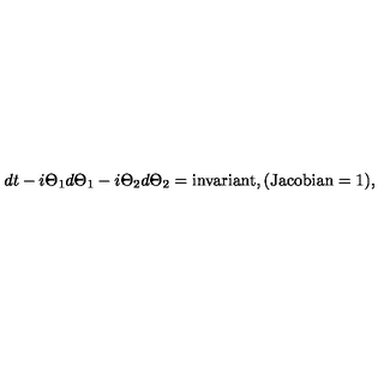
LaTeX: d t - i \Theta _ { 1 } d \Theta _ { 1 } - i \Theta _ { 2 } d \Theta _ { 2 } = \mathrm { i n v a r i a n t } , ( \mathrm { J a c o b i a n } = 1 ) ,